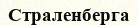
Страленберга